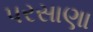
પરસાણા